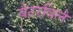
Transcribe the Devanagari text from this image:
बैटरविले